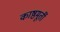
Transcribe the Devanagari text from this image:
काष्ठमूर्ती